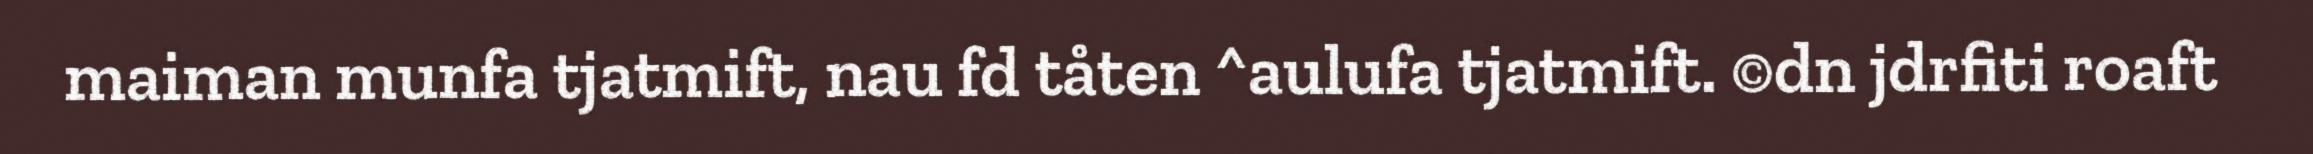
maiman munfa tjatmift, nau fd tåten ^aulufa tjatmift. ©dn jdrfiti roaft